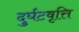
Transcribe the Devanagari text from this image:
दुर्घटवृत्ति